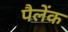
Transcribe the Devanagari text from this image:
पैलेंक